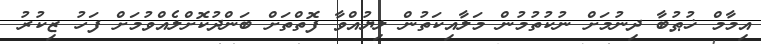
އިމާމް ޚުޠުބާ ދިނުމަށް ނުކުތުމުން މަލާއިކަތުން ލިޔުއްވާ ފޮތްތަށް ބަންދުކޮށްލެއްވުމަށް ފަހު ޒިކުރު